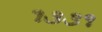
૧૩૩૧